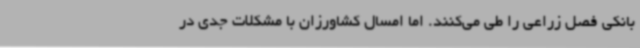
بانکی فصل زراعی را طی می‌کنند. اما امسال کشاورزان با مشکلات جدی در